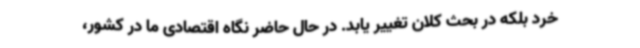
خرد بلکه در بحث کلان تغییر یابد. در حال حاضر نگاه اقتصادی ما در کشور،